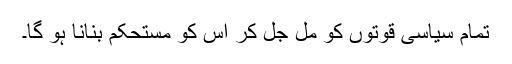
تمام سیاسی قوتوں کو مل جل کر اس کو مستحکم بنانا ہو گا۔